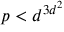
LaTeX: p < d ^ { 3 d ^ { 2 } }